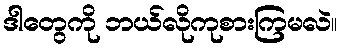
ဒါတွေကို ဘယ်လိုကုစားကြမလဲ။